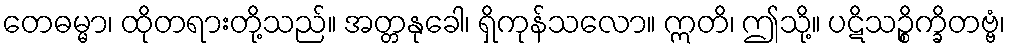
တေဓမ္မာ၊ ထိုတရားတို့သည်။ အတ္တနုခေါ၊ ရှိကုန်သလော။ ဣတိ၊ ဤသို့။ ပဋိသဉ္စိက္ခိတဗ္ဗံ၊